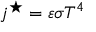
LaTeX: j ^ { \star } = \varepsilon \sigma T ^ { 4 }